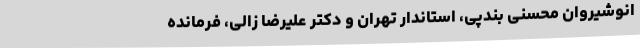
انوشیروان محسنی بندپی، استاندار تهران و دکتر علیرضا زالی، فرمانده